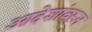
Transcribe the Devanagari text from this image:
आदेशांवरून